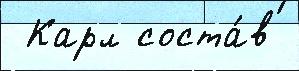
 Карл соста́в